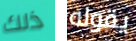
ذلك يقوله